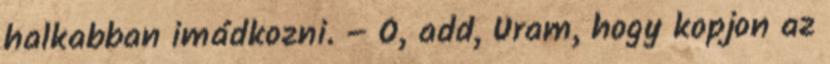
halkabban imádkozni. – Ó, add, Uram, hogy kopjon az